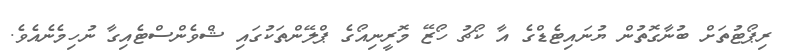
ރިޕޯޓުތަށް ބުނާގޮތުން ޔުނައިޓެޑްގެ އާ ކޯޗު ހޯޒޭ މޮރީނިއޯގެ ޕްލޭންތަކުގައި ޝްވެންސްޓެއިގާ ނުހިމެނެއެވެ.